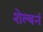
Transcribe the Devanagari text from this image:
शेल्बर्न